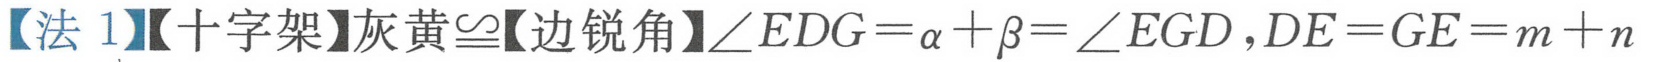
【法 1】【十字架】灰黄\(\cong\)【边锐角】\(\angle EDG=\alpha+\beta=\angle EGD\)，\(DE = GE=m + n\)